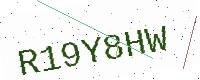
Text: R19Y8HW